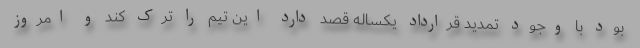
بود با وجود تمدید قرارداد یکساله قصد دارد این تیم را ترک کند و امروز